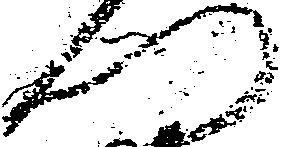
門